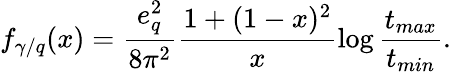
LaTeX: f_{\gamma/q}(x)=\frac{e_{q}^{2}}{8\pi^{2}}\frac{1+(1-x)^{2}}{x}\log\frac{t_{max}}{t_{min}}.